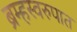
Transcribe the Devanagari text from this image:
ब्रम्हस्वरुपात